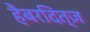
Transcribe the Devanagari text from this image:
हैबरदित्ज़